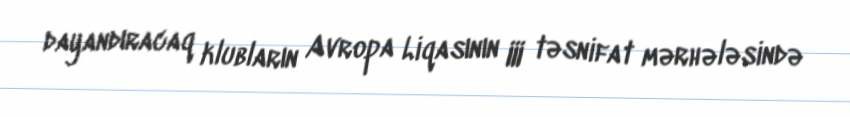
dayandıracaq klubların Avropa Liqasının III təsnifat mərhələsində